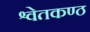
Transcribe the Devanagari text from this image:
श्वेतकण्ठ